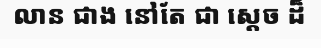
លាន ជាង នៅតែ ជា ស្តេច ដ៏